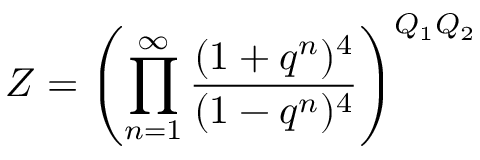
Z = \left( \prod _ { n = 1 } ^ { \infty } \frac { ( 1 + q ^ { n } ) ^ { 4 } } { ( 1 - q ^ { n } ) ^ { 4 } } \right) ^ { Q _ { 1 } Q _ { 2 } }